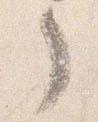
了